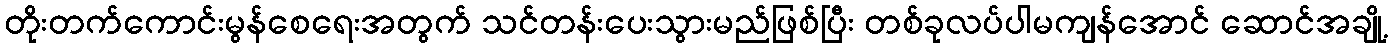
တိုးတက်ကောင်းမွန်စေရေးအတွက် သင်တန်းပေးသွားမည်ဖြစ်ပြီး တစ်ခုလပ်ပါမကျန်အောင် ဆောင်အချို့